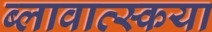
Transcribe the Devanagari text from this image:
ब्लावात्स्कया